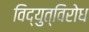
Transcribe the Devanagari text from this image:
विद्युत्‌विरोध